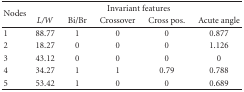
<table><thead><tr><td rowspan="2"><b> Nodes</b></td><td colspan="5"><b>Invariant features</b></td></tr><tr><td><b><i>L/W</i></b></td><td><b>Bi/Br</b></td><td><b>Crossover</b></td><td><b>Cross pos.</b></td><td><b>Acute angle</b></td></tr></thead><tbody><tr><td> 1</td><td> 88.77</td><td>1</td><td>0</td><td>0</td><td>0.877</td></tr><tr><td> 2</td><td>18.27</td><td>0</td><td>0</td><td>0</td><td>1.126</td></tr><tr><td> 3</td><td>43.12</td><td>0</td><td>0</td><td>0</td><td>0</td></tr><tr><td> 4</td><td>34.27</td><td>1</td><td>1</td><td>0.79</td><td>0.788</td></tr><tr><td> 5</td><td>53.42</td><td>1</td><td>0</td><td>0</td><td>0.689</td></tr></tbody></table>